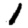
Digit: 1